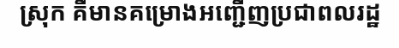
ស្រុក គឺមានគម្រោងអញ្ជើញប្រជាពលរដ្ឋ